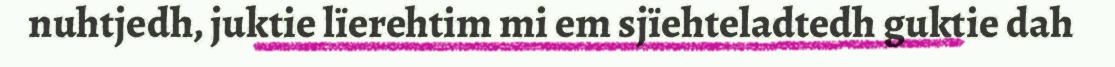
nuhtjedh, juktie lïerehtim mi em sjïehteladtedh guktie dah